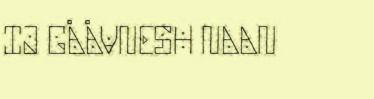
IJ GÅÅVNESH NAAN